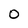
Character: O